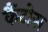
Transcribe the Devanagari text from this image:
कैंटोस